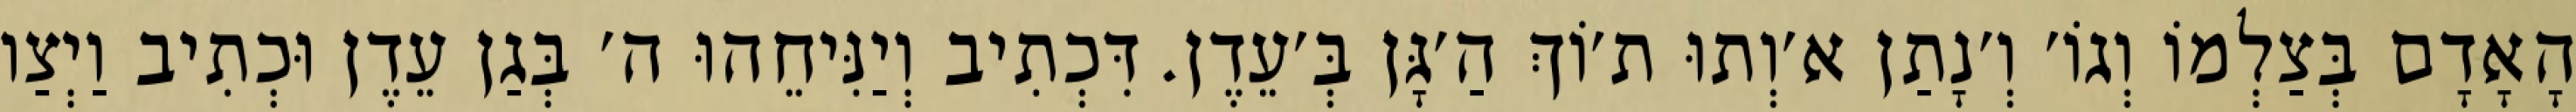
הָאָדָם בְּצַלְמוֹ וְגוֹ׳ וְ׳נָתַן א׳וְתוּ ת׳וֹךְ הַ׳גָּן בְּ׳עֵדֶן. דִּכְתִיב וְיַנִּיחֵהוּ ה׳ בְּגַן עֵדֶן וּכְתִיב וַיְצַו